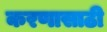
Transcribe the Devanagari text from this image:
करणासाठी